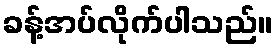
ခန့်အပ်လိုက်ပါသည်။